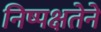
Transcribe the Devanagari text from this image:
निष्पक्षतेने